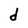
Character: d